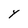
Character: Y